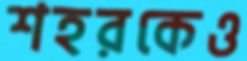
শহরকেও